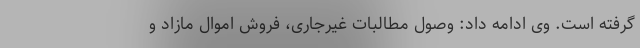
‌گرفته است. وی ادامه داد: وصول مطالبات غیرجاری، فروش اموال مازاد و